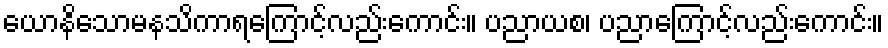
ယောနိသောမနသိကာရကြောင့်လည်းကောင်း။ ပညာယစ၊ ပညာကြောင့်လည်းကောင်း။